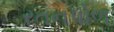
રતનપોળ